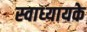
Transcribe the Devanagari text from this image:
स्‍वाध्‍यायके